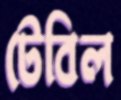
টেবিল